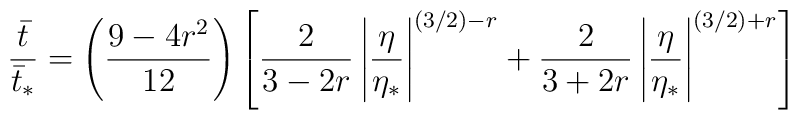
{\bar{t} \over \bar{t}_*} = \left( {9-4r^2 \over 12} \right)\left[ {2 \over 3-2r}\left|{\eta\over\eta_*}\right|^{(3/2)-r} + {2 \over 3+2r}\left|{\eta\over\eta_*}\right|^{(3/2)+r}\right]